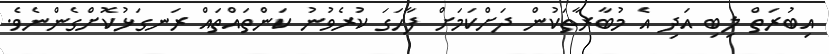
އިބުރަތް ލިބި އަދި އެ މުބާރާތަކުން ދަށްކަމަށް ފާހަގަ ކުރެވުނު ކަންތައްތައް ރަނގަޅުކޮށްގެންނެވެ.